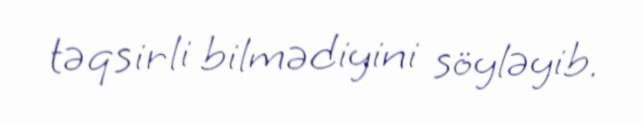
təqsirli bilmədiyini söyləyib.